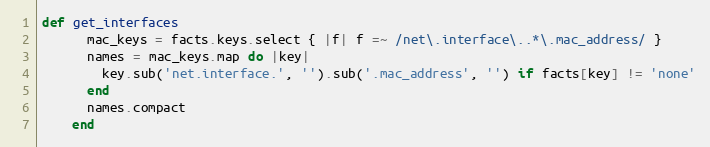
Language: Ruby
def get_interfaces
      mac_keys = facts.keys.select { |f| f =~ /net\.interface\..*\.mac_address/ }
      names = mac_keys.map do |key|
        key.sub('net.interface.', '').sub('.mac_address', '') if facts[key] != 'none'
      end
      names.compact
    end